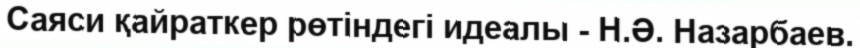
Саяси қайраткер рөтіндегі идеалы - Н.Ә. Назарбаев.